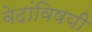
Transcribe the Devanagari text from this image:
वेदांविषयी